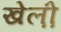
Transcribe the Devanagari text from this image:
खेल़ो़ं